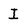
Character: I